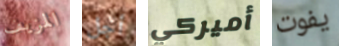
المزيف أجل أميركي يفوت